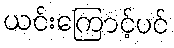
ယင်းကြောင့်ပင်